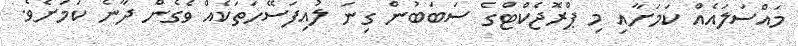
މައްސަލައެއް ކަމަށާއި މި ޕްރޮޖެކްޓްގެ ސަބަބުން ގިނަ ލުއިފަސޭހަތަކެއް ވެގެން ދާނެ ކަމަށެވެ.